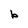
Character: b